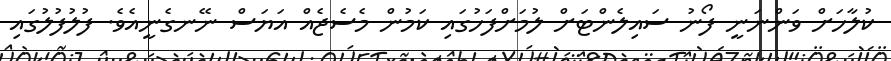
ކުލާހަށް ވަންނަނީ ފޯނު ސައިލެންޓަށް ލުމަށްފަހުގައި ކަމުން މެސެޖެއް އަަޔަސް ނޭނގެނީއެވެ. ފުލުފުލުގައި